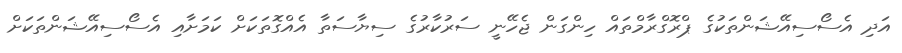
އަދި އެސޯސިއޭޝަންތަކުގެ ޕްރޮގްރާމްތައް ހިންގަން ޖެހޭނީ ސަރުކާރުގެ ސިޔާސަތާ އެއްގޮތަކަށް ކަމަށާއި އެސޯސިއޭޝަންތަކަށް